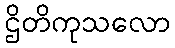
ဌိတိကုသလော